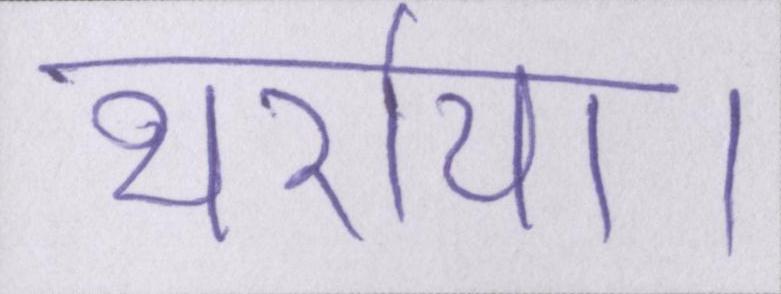
थर्राया।